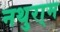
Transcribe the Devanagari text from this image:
नथुरा्म